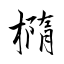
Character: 橢